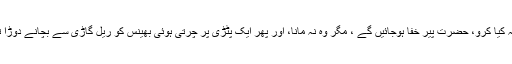
بڑے بوڑھوں نے اسے بہت سمجھایا کہ ریل گاڑی میں اتنا سفر نہ کیا کرو، حضرت پِیر خفا ہوجائیں گے ، مگر وہ نہ مانا، اور پھر ایک پٹڑی پر چرتی ہوئی بھینس کو ریل گاڑی سے بچانے دوڑا تو بھینس کے ساتھ خود بھی انجن کے پہیوں کے ساتھ لپٹا چلا گیا۔